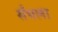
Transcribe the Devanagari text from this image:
सँभला